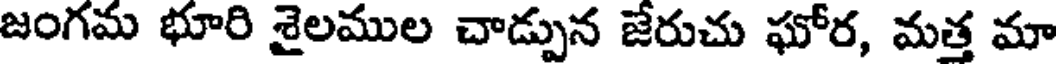
జంగమ భూరి శైలముల చాడ్పున జేరుచు ఘోర, మత్త మా